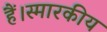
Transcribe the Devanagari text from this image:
हैं।स्मारकीय